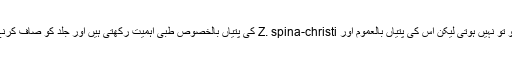
بیری کی پتیوں میں خوشبو تو نہیں ہوتی لیکن اس کی پتیاں بالعموم اور Z. spina-christi کی پتیاں بالخصوص طبی اہمیت رکھتی ہیں اور جلد کو صاف کرنے میں مدد گار ہو تی ہیں۔